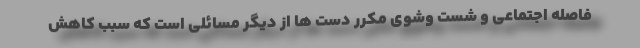
فاصله اجتماعی و شست‌ وشوی مکرر دست ها از دیگر مسائلی است که سبب کاهش